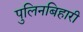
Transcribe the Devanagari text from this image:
पुलिनबिहारी